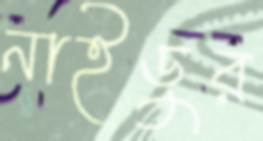
নাইডুর